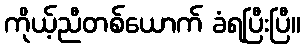
ကိုယ့်ညီတစ်ယောက် ခံရပြီးပြီ။